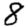
Digit: 8